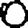
Digit: 0